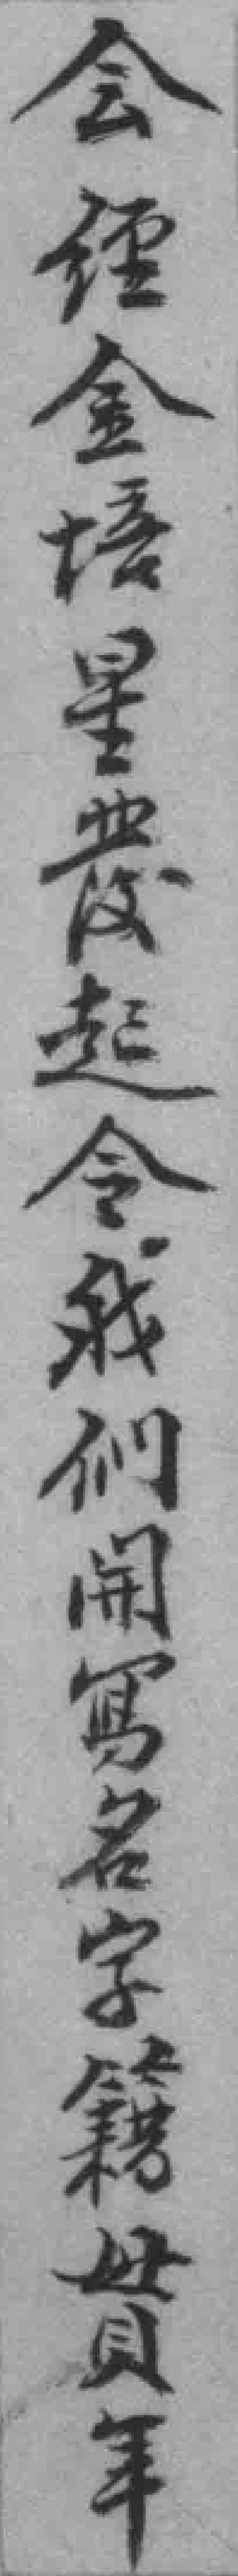
会經金培星*起令我们開寫名字籍貫年